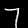
Digit: 7